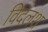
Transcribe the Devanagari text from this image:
विदलश